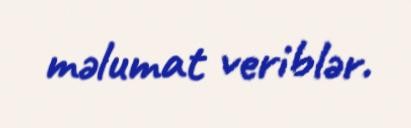
məlumat veriblər.